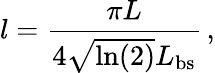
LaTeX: l=\frac{\pi L}{4\sqrt{\ln(2)}L_{\mathrm{bs}}}\, ,